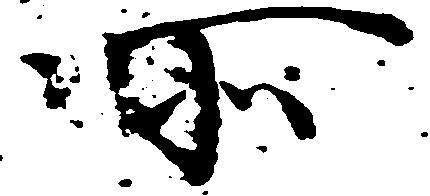
所